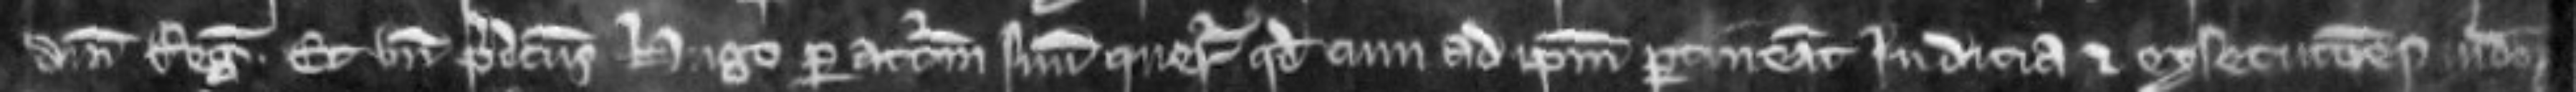
domini Regis. Et unde predictus Hugo per attornatum suum queritur quod cum ad ipsum pertineant judicia et execuciones judiciorum